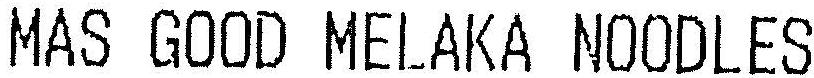
MAS GOOD MELAKA NOODLES